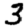
Digit: 3